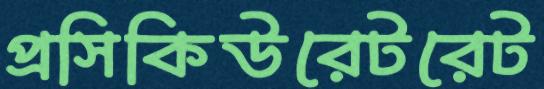
প্রসিকিউরেটরেট